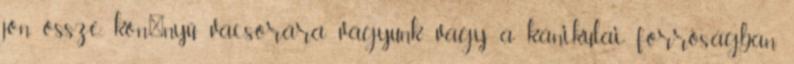
jön össze, kön�nyű vacsorára vágyunk vagy a kánikulai forróságban